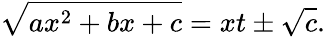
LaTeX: {\sqrt{ax^{2}+bx+c}}=xt\pm{\sqrt{c}}.